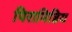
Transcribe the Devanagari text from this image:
पिरामिडिय